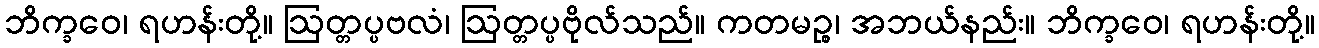
ဘိက္ခဝေ၊ ရဟန်းတို့။ ဩတ္တပ္ပဗလံ၊ ဩတ္တပ္ပဗိုလ်သည်။ ကတမဉ္စ၊ အဘယ်နည်း။ ဘိက္ခဝေ၊ ရဟန်းတို့။